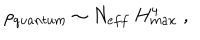
\rho _ { q u a n t u m } \sim N _ { e f f } ~ H _ { m a x } ^ { 4 } \; ,